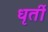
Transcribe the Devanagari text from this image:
धृर्ती